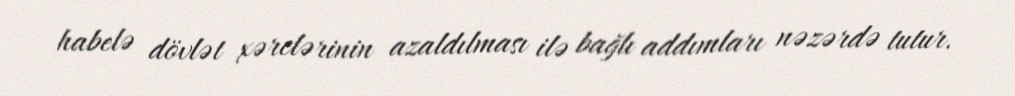
habelə dövlət xərclərinin azaldılması ilə bağlı addımları nəzərdə tutur.